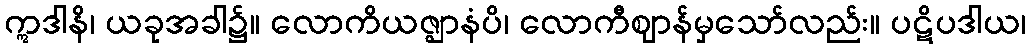
ဣဒါနိ၊ ယခုအခါ၌။ လောကိယဇ္ဈာနံပိ၊ လောကီဈာန်မှသော်လည်း။ ပဋိပဒါယ၊